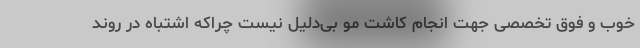
خوب و فوق تخصصی جهت انجام کاشت مو بی‌دلیل نیست چراکه اشتباه در روند